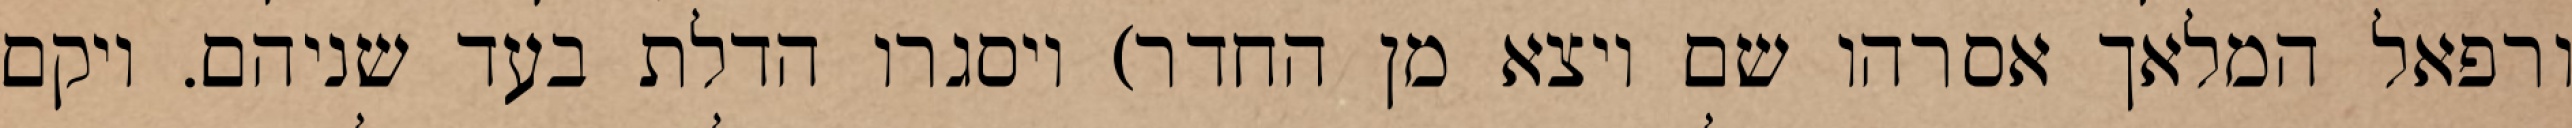
ורפאל המלאך אסרהו שם ויצא מן החדר) ויסגרו הדלת בעד שניהם. ויקם